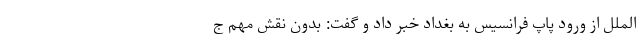
‌الملل از ورود پاپ فرانسیس به بغداد خبر داد و گفت: بدون نقش مهم ج